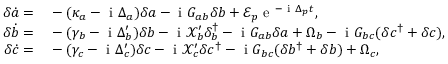
\begin{array} { r l } { \delta \dot { a } = } & { { } - ( \kappa _ { a } - \mathrm { ~ i ~ } \Delta _ { a } ) \delta a - \mathrm { ~ i ~ } G _ { a b } \delta b + \mathcal { E } _ { p } \mathrm { ~ e ~ } ^ { - \mathrm { ~ i ~ } \Delta _ { p } t } , } \\ { \delta \dot { b } = } & { { } - ( \gamma _ { b } - \mathrm { ~ i ~ } \Delta _ { b } ^ { \prime } ) \delta b - \mathrm { ~ i ~ } \mathcal { X } _ { b } ^ { \prime } \delta _ { b } ^ { \dagger } - \mathrm { ~ i ~ } G _ { a b } \delta a + \Omega _ { b } - \mathrm { ~ i ~ } G _ { b c } ( \delta c ^ { \dagger } + \delta c ) , } \\ { \delta \dot { c } = } & { { } - ( \gamma _ { c } - \mathrm { ~ i ~ } \Delta _ { c } ^ { \prime } ) \delta c - \mathrm { ~ i ~ } \mathcal { X } _ { c } ^ { \prime } \delta c ^ { \dagger } - \mathrm { ~ i ~ } G _ { b c } ( \delta b ^ { \dagger } + \delta b ) + \Omega _ { c } , } \end{array}